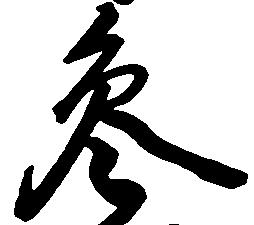
参